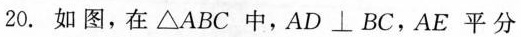
20.如图，在△ABC中，AD\bot BC，AE平分